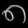
Digit: ၈